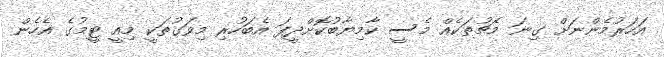
އަހަރުމެންނަށް ގިނަ މެޗުތަކެއް މެސީ ކާމިޔާބުކޮށްދީފަ އެބަހުރި މިވަގުތަކީ މިއީ ޓީމުގެ އެހެން